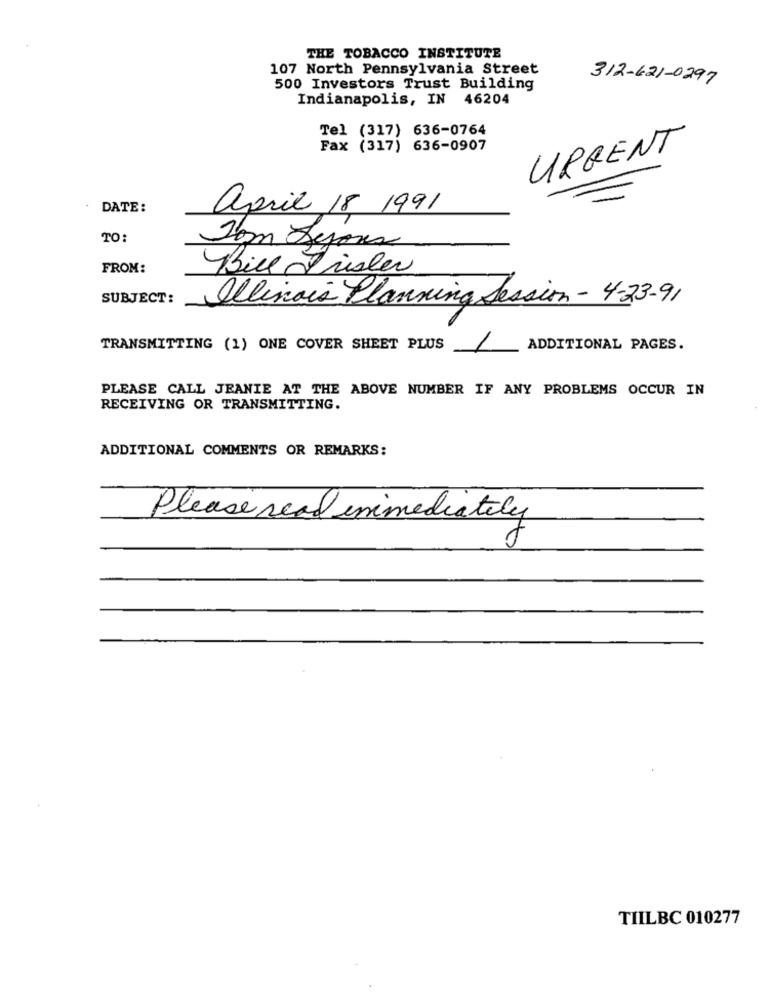
THE TOBACCO INSTITUTE
107 North Pennsylvania Street
312-621-0297
500 Investors Trust Building
Indianapolis, IN 46204
Tel (317) 636-0764
Fax (317) 636-0907
URGENT
DATE:
april 18 1991
TO:
Som Dejoux
FROM:
Bill Frisler
SUBJECT:
Olivais Planning Session - 4-23-91
TRANSMITTING (1) ONE COVER SHEET PLUS
1
ADDITIONAL PAGES.
PLEASE CALL JEANIE AT THE ABOVE NUMBER IF ANY PROBLEMS OCCUR IN
RECEIVING OR TRANSMITTING.
ADDITIONAL COMMENTS OR REMARKS:
Please read inimediately
TIILBC 010277